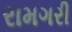
રામગરી